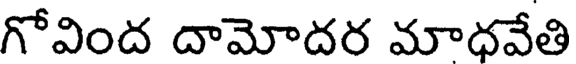
గోవింద దామోదర మాధవేతి